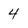
Character: 4